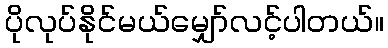
ပိုလုပ်နိုင်မယ်မျှော်လင့်ပါတယ်။